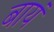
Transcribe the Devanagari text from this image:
बायं